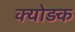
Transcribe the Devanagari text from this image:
क्योड़क